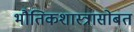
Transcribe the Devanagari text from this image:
भौतिकशास्त्रासोबत